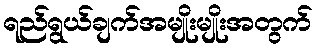
ရည်ရွယ်ချက်အမျိုးမျိုးအတွက်